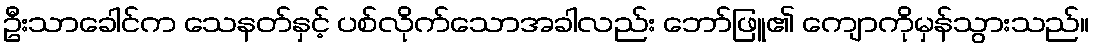
ဦးသာခေါင်က သေနတ်နှင့် ပစ်လိုက်သောအခါလည်း ဘော်ဖြူ၏ ကျောကိုမှန်သွားသည်။